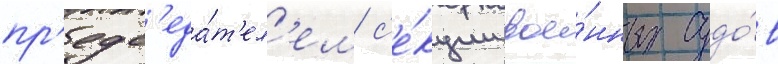
пр'едс'еда́т'ел'ем с'е́кции вое́нных судо́в